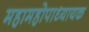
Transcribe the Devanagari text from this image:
महामहोपाध्यायक